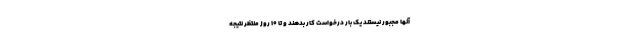
آنها مجبور نیستند یک بار درخواست کار بدهند و تا ۱۰ روز منتظر نتیجه